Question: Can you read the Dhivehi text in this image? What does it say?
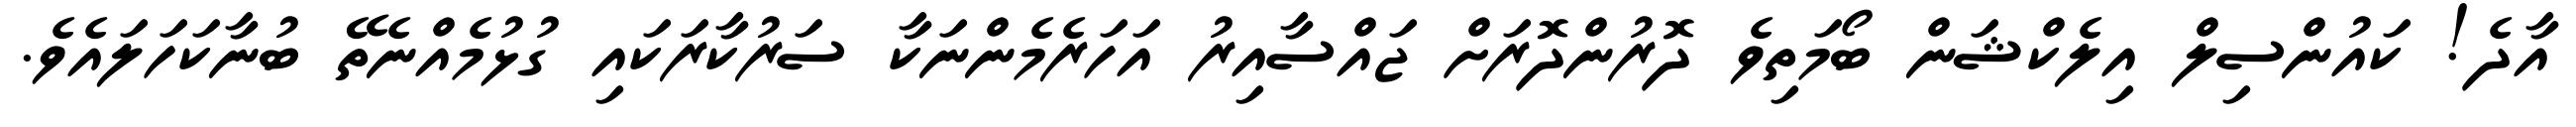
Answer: އާދެ! ކައުންސިލް އިލެކްޝަން ބޯމަތިވެ ދޮރުންދޮރަށް ޖައްސާއިރު އަހަރެމެންނަކާ ސަރުކާރަކައި ގުޅުމެއްނެތޭ ބުނާކަހަލައެވެ.